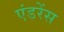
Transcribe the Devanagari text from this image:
एंडरेंस